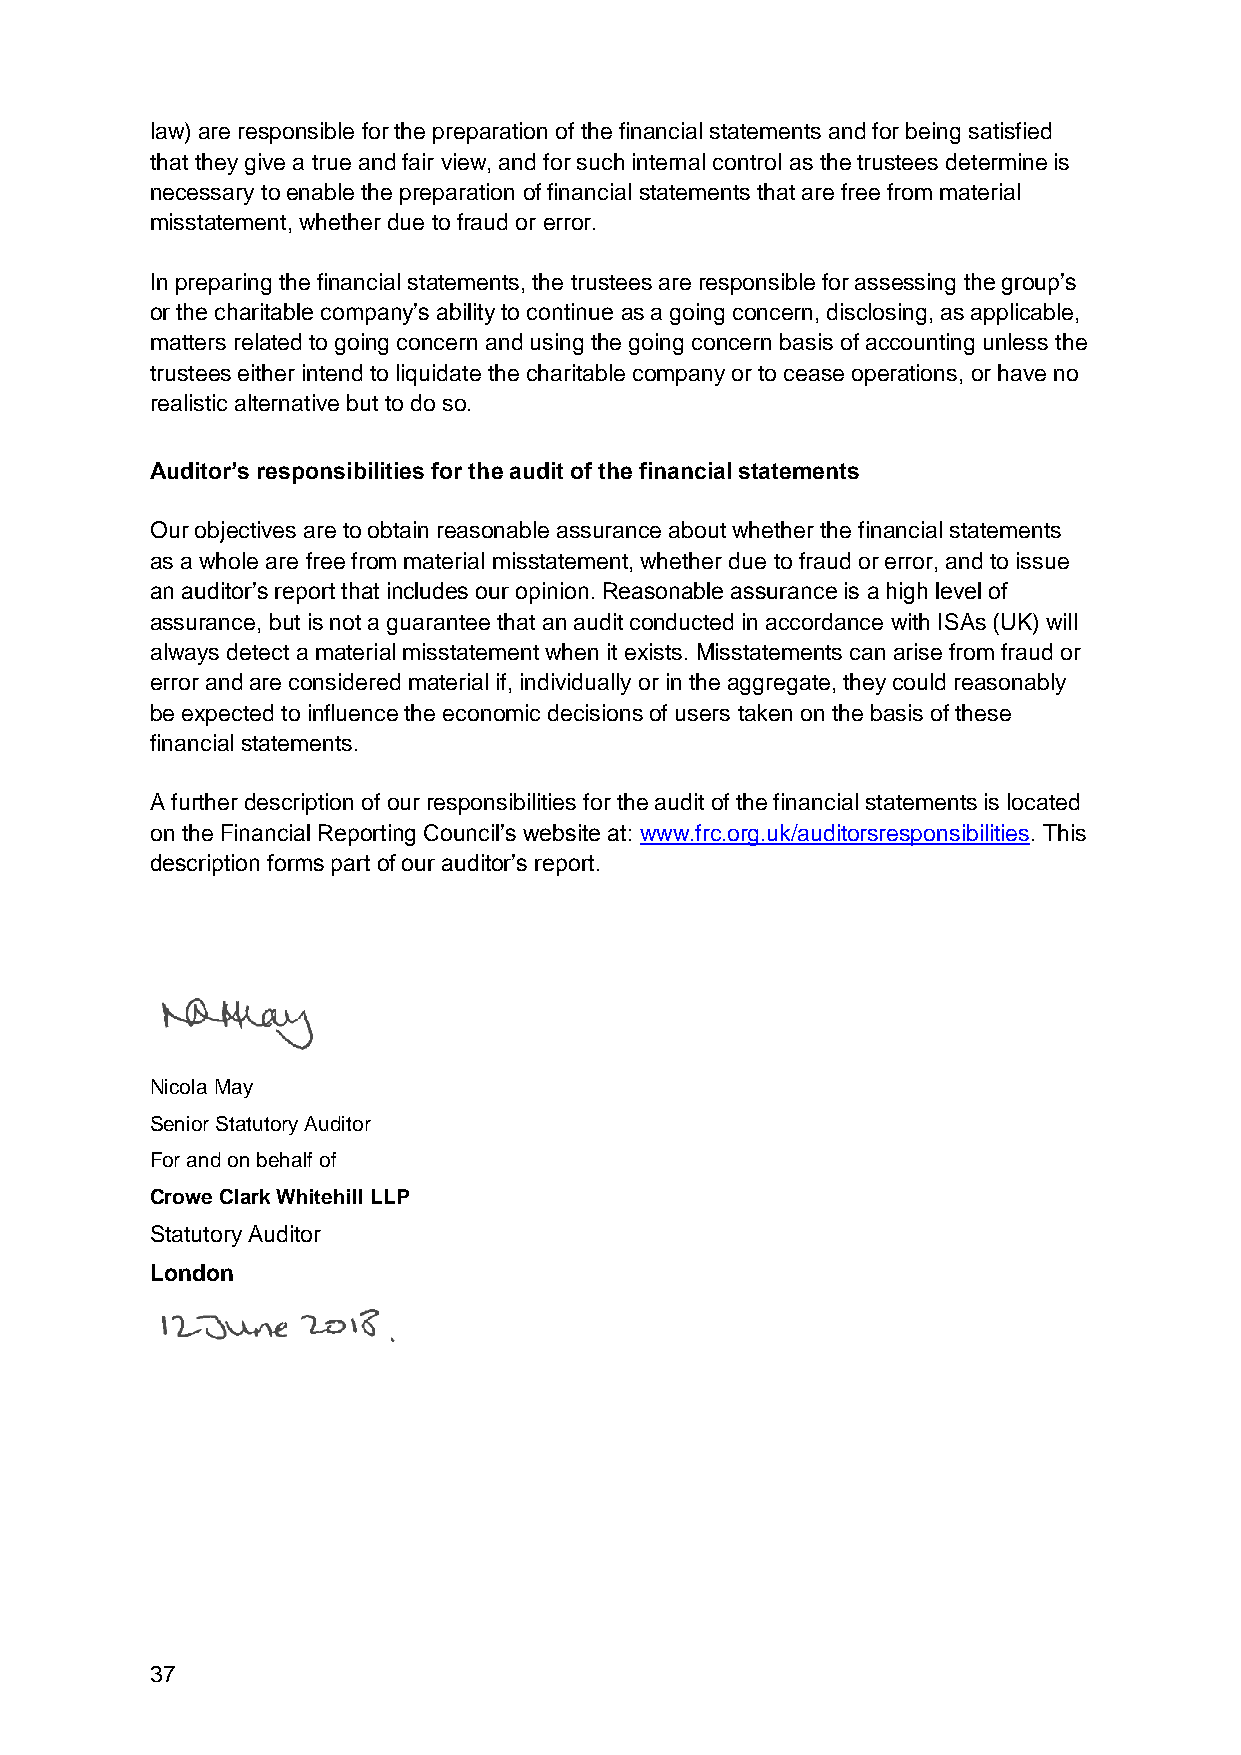
law) are responsible for the preparation of the financial statements and for being satisfied
 that they give a true and fair view, and for such internal control as the trustees determine is
 necessary to enable the preparation of financial statements that are free from material
 misstatement, whether due to fraud or error.
 In preparing the financial statements, the trustees are responsible for assessing the group’s
 or the charitable company’s ability to continue as a going concern, disclosing, as applicable,
 matters related to going concern and using the going concern basis of accounting unless the
 trustees either intend to liquidate the charitable company or to cease operations, or have no
 realistic alternative but to do so.
 Auditor’s responsibilities for the audit of the financial statements
 Our objectives are to obtain reasonable assurance about whether the financial statements
 as a whole are free from material misstatement, whether due to fraud or error, and to issue
 an auditor’s report that includes our opinion. Reasonable assurance is a high level of
 assurance, but is not a guarantee that an audit conducted in accordance with ISAs (UK) will
 always detect a material misstatement when it exists. Misstatements can arise from fraud or
 error and are considered material if, individually or in the aggregate, they could reasonably
 be expected to influence the economic decisions of users taken on the basis of these
 financial statements.
 A further description of our responsibilities for the audit of the financial statements is located
 on the Financial Reporting Council’s website at: www.frc.org.uk/auditorsresponsibilities. This
 description forms part of our auditor’s report.
 Nicola May
 Senior Statutory Auditor
 For and on behalf of
 Crowe Clark Whitehill LLP
 Statutory Auditor
 London
 37